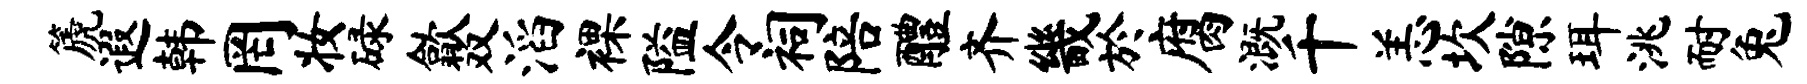
篪遐韩罔妆碌歙双滔裸隘令祠陪醴齐畿於腐溉千恙坎隙珥洮耐兔